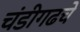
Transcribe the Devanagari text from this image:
चंडीगढचे